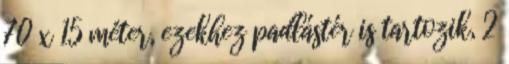
70 x 15 méter, ezekhez padlástér is tartozik, 2